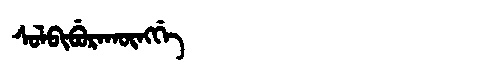
Manchu: ᠰᠣᠯᠪᡳᠪᡠᡵᠠᡴᡡᠩᡤᡝ
Romanization: SOLBIBURAKŪNGGE